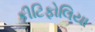
કીટિફોલિયા